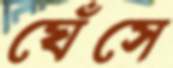
ঘেঁসে